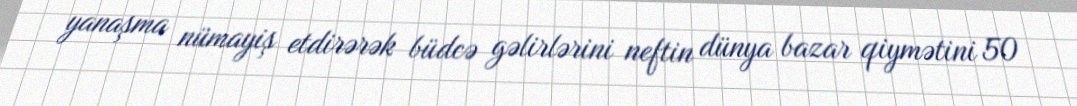
yanaşma nümayiş etdirərək büdcə gəlirlərini neftin dünya bazar qiymətini 50